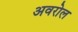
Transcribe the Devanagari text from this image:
अवरोल